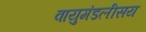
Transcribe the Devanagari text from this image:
वायुमंडलीसय